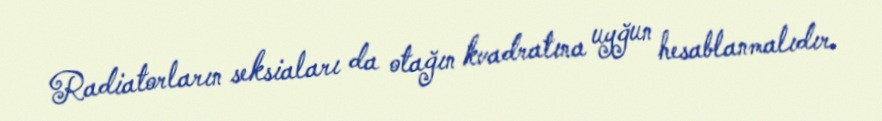
Radiatorların seksiaları da otağın kvadratına uyğun hesablanmalıdır.